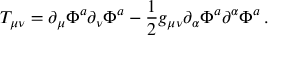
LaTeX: T _ { \mu \nu } = \partial _ { \mu } \Phi ^ { a } \partial _ { \nu } \Phi ^ { a } - { \frac { 1 } { 2 } } g _ { \mu \nu } \partial _ { \alpha } \Phi ^ { a } \partial ^ { \alpha } \Phi ^ { a } \, .